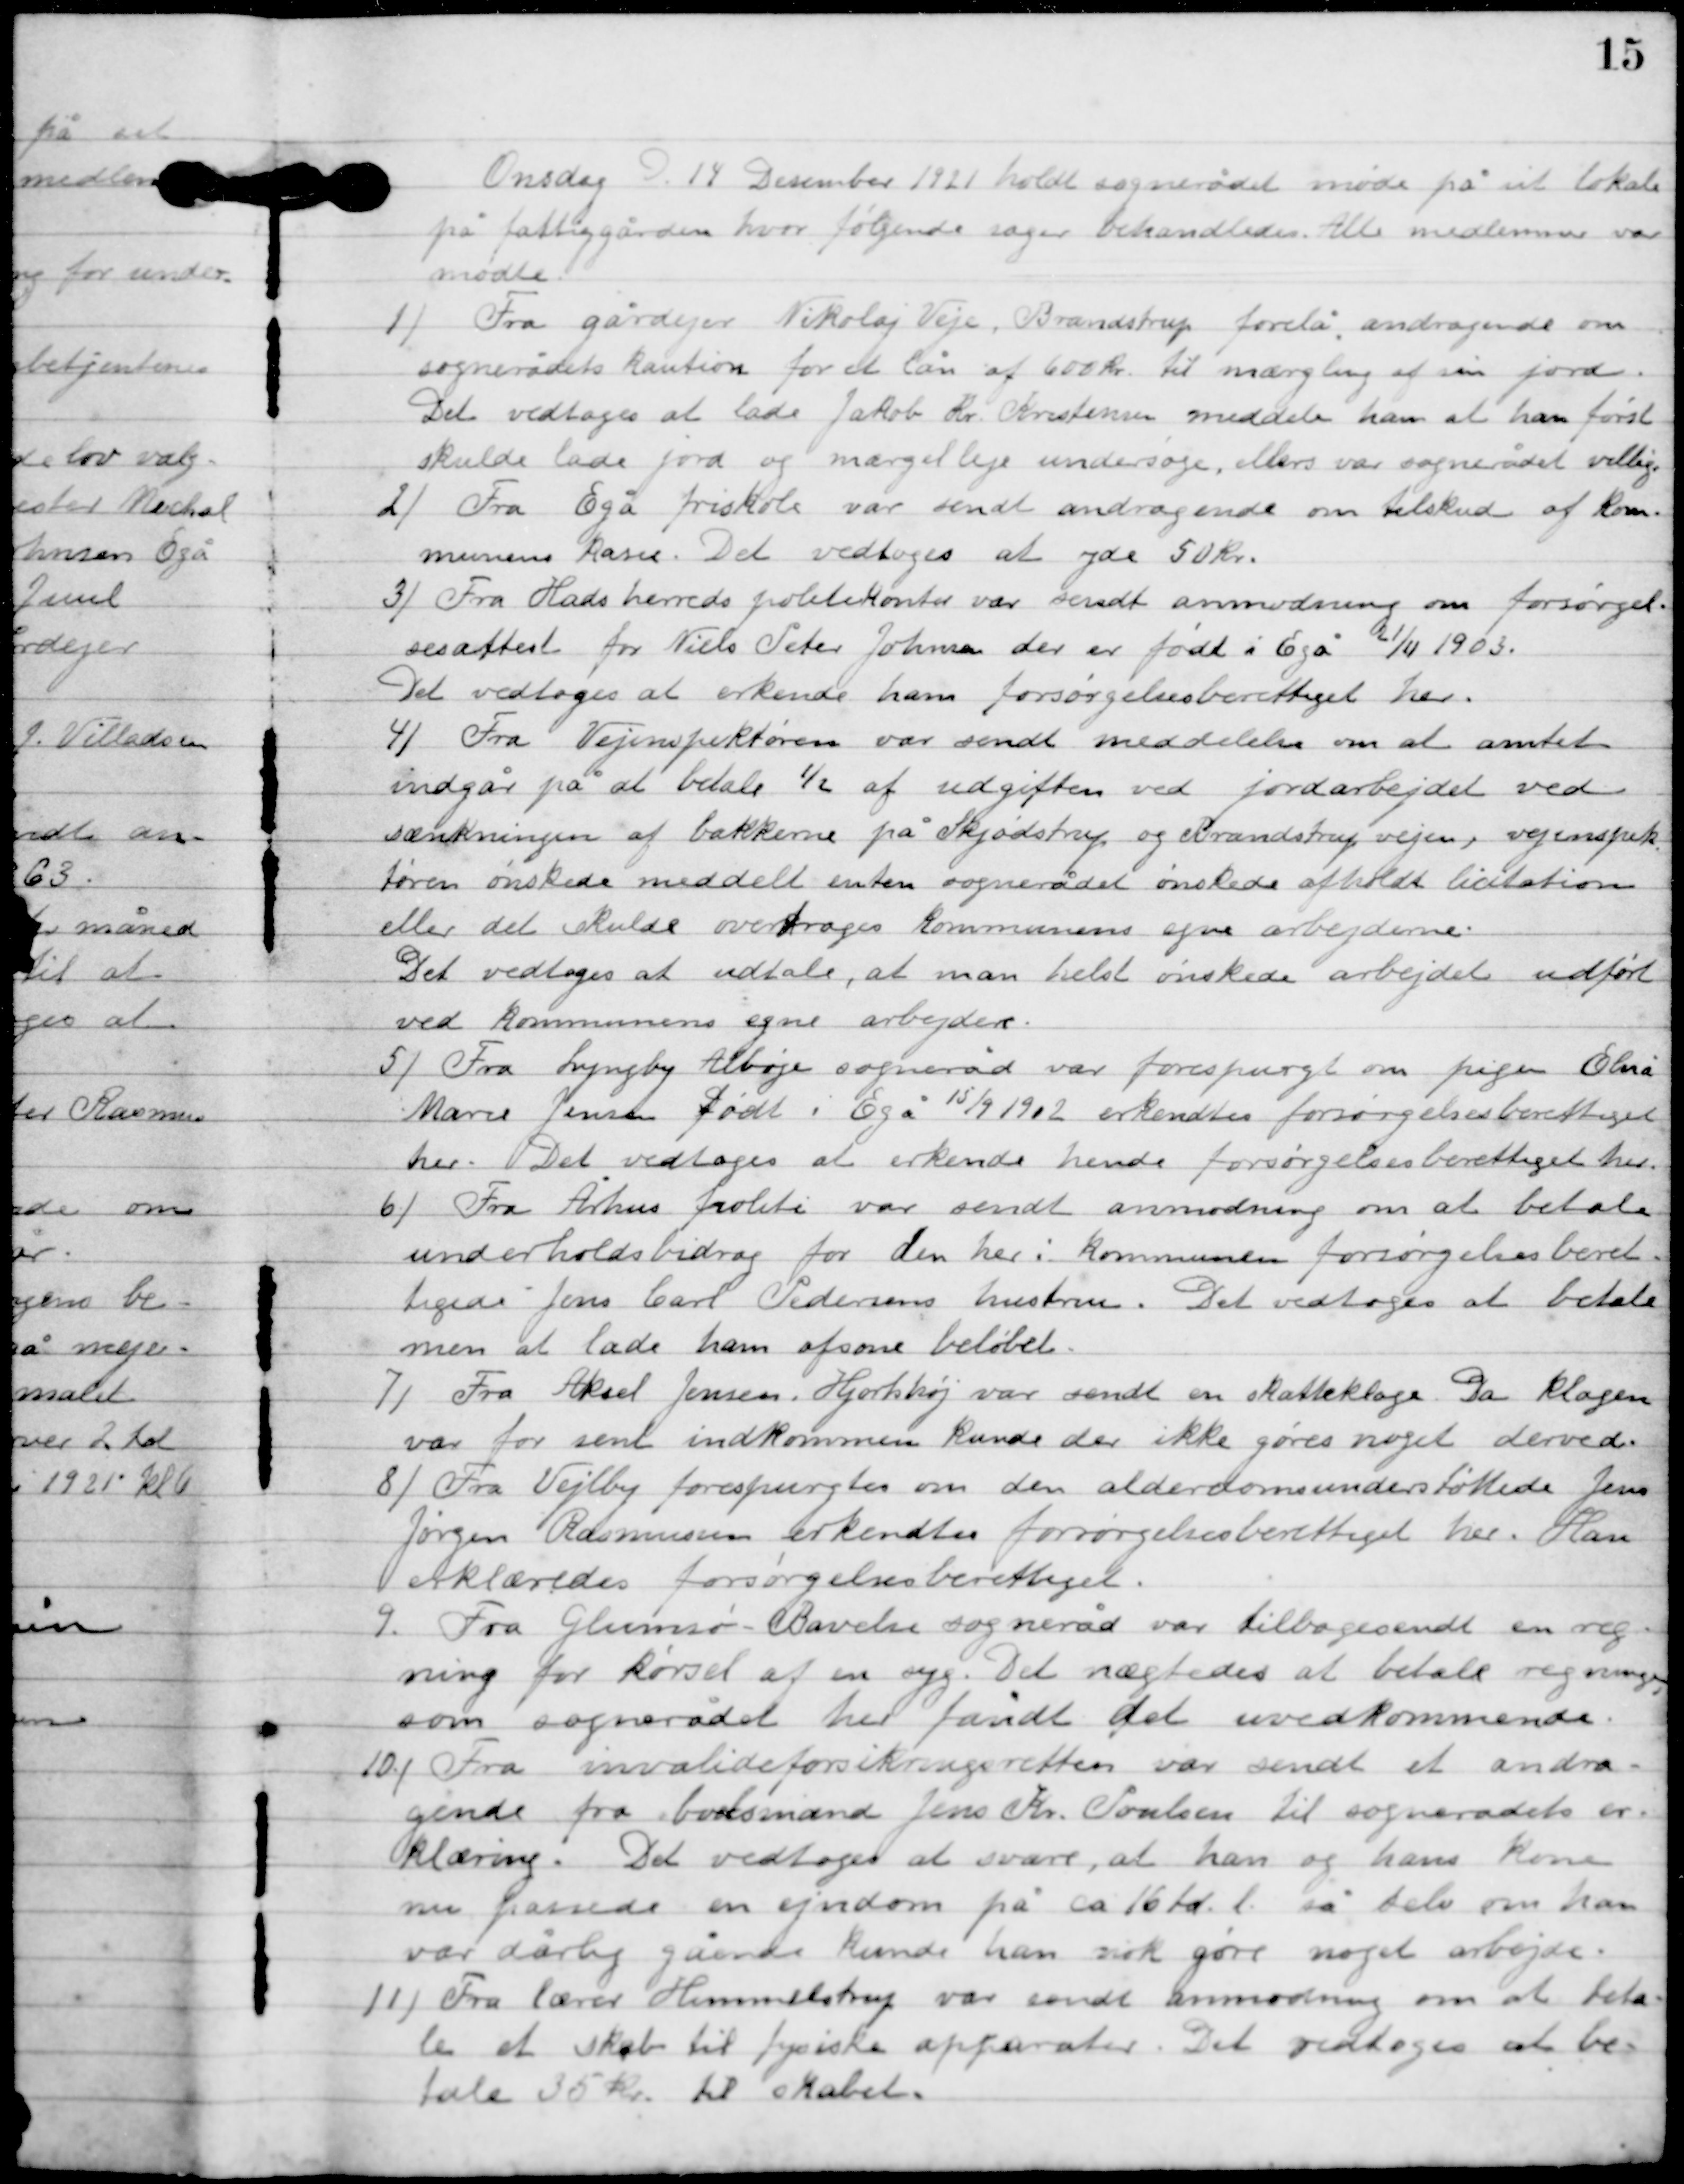
Transskription:
Onsdag D. 14. Desember 1921 holdt sognerådet møde på sit lokale
på fattiggården hvor følgende sager behandles: Alle medlemmer var
mødte:

1

Fra gårdejer Nikolaj Veje. Brandstrup forelå andragende om
sognerådets Kaution for de lån af 600 kr. til mægling af sin jord.
Det vedtoges at lade Jakob Kr. Kristensen meddele ham at han først
skulde lade jord og mærgelleje undersøge. Ellers var sognerådet velvillig.

2

Fra Egå friskole var sendt andragende om tilskud af Kom-
munens kasse. Det vedtoges at yde 50 kr.

3

Fra Hads herres politikontor var sendt andragende om forsørgel-
sesattest for Niels Peder Johans der er født i Egå 21/11 1903.
Det vedtoges at erkende ham forsørgelsesberettiget her.

4

Fra Vejinspektøren var sendt meddelelse om at amtet
indgår på at betale ½ af udgiften ved jordarbejdet ved
sænkningen af bakkerne på Skjødstrup og Brandstrup vejen, vejinspek-
tøren ønskede meddelt enten sognerådet ønskedes afholdt licitation
eller det skulde overdrages Kommunens egne arbejderne.
Det vedtoges at udtale, at man helst ønskede arbejdet udført
ved Kommunens egne arbejdere.

5

Fra Lyngby Albøje sogneråd var forespurgt om pigen Elna
Marie Jensen født i Egå 15/9 1902 erkendtes forsørgelsesberettiget
her. Det vedtoges at erkende hende forsørgelsesberettiget her.

6

Fra Århus politi var sendt anmodning om at betale
underholdsbidrag for den her i kommunen forøgelsesberet –
tigede Jens Carl Pedersens hustru. Det vedtoges at betale
men at lade ham afsone beløbet.

7

Fra Aksel Jensen, Hjortshøj var sendt en skatteklage. Da klagen
var for sent indkommen kunde der ikke gøres noget derved.

8

Fra Vejlby forespurgtes om den alderdomsunderstøttede Jens
Jørgen Rasmussen erkendtes forøgelsesberettiget her. Han
erklæredes forøgelsesberettiget.

9

Fra Glumsø-Bavelse sogneråd var tilbagesendt en reg-
ning for kørsel af en syg. Det nægtedes at betal regningen
som sognerådet her fandt det uvedkommende.

10

Fra invalideforsikringsretten var sendt et andra-
gende fra boelsmand Jens Kr. Poulsen til sognerådets er-
klæring. Det vedtoges at svare, at han og hans kone
nu passede en ejendom p ca. 16 td. l. så selv om han
var dårlig gående kunde han nok gøre noget arbejde.

11

Fra lærer Himmelstrup var sendt anmodning om at beta-
le et skab til fysiske apparater. Det vedtoges at be-
tale 35 kr. til skabet.